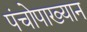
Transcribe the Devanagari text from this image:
पंचोपाख्यान